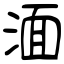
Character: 湎